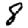
Digit: 8